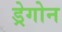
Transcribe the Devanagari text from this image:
ड्रेगोन